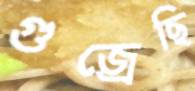
গুজ্‌রেছি